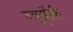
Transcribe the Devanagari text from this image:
न्यूयोंर्क